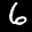
Label: 6